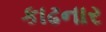
કાઢનાર